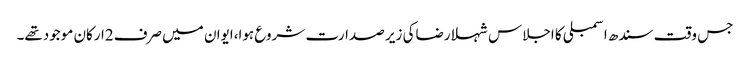
جس وقت سندھ اسمبلی کا اجلاس شہلا رضاکی زیر صدارت شروع ہوا،ایوان میں صرف2ارکان موجودتھے۔